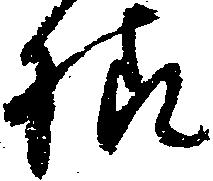
様